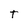
Character: T